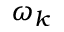
\omega _ { k }